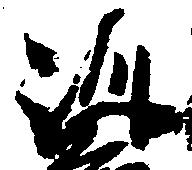
訓